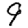
Digit: 9